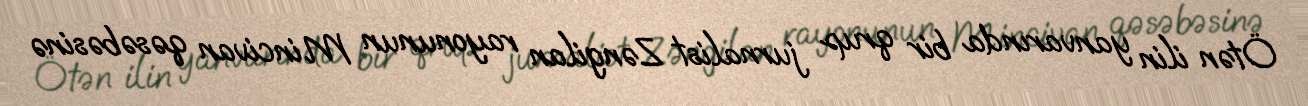
Ötən ilin yanvarında bir qrup jurnalist Zəngilan rayonunun Mincivan qəsəbəsinə